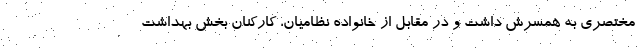
مختصری به همسرش داشت و در مقابل از خانواده نظامیان، کارکنان بخش بهداشت